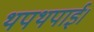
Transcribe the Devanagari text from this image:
थपथपाई।